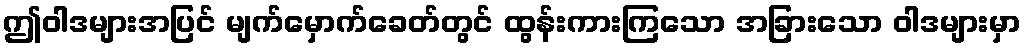
ဤဝါဒများအပြင် မျက်မှောက်ခေတ်တွင် ထွန်းကားကြသော အခြားသော ဝါဒများမှာ